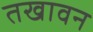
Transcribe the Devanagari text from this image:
तखावन